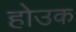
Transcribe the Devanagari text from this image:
होउक